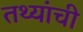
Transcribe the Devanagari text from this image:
तथ्यांची